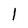
Character: l